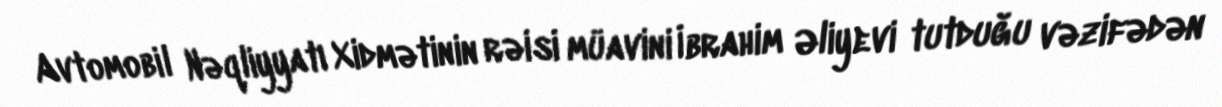
Avtomobil Nəqliyyatı Xidmətinin rəisi müavini İbrahim Əliyevi tutduğu vəzifədən